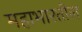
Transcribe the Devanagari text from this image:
महाभारतील